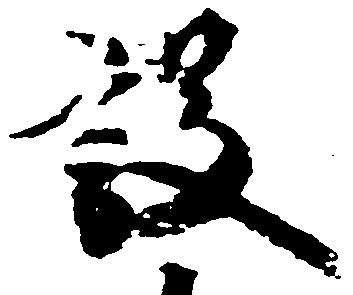
設